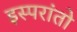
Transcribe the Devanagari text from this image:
इस्परांतो